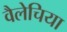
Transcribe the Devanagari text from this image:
वैलेचिया